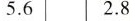
5.6 2.8